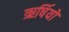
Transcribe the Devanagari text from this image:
ऋर्षियों